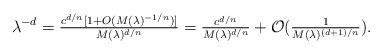
LaTeX: \begin{align*} \lambda^{-d} = \tfrac{c^{d/n}[1+O(M(\lambda)^{-1/n})]}{M(\lambda)^{d/n}} = \tfrac{c^{d/n}}{M(\lambda)^{d/n}} + \mathcal{O}(\tfrac{1}{M(\lambda)^{(d+1)/n}}). \end{align*}